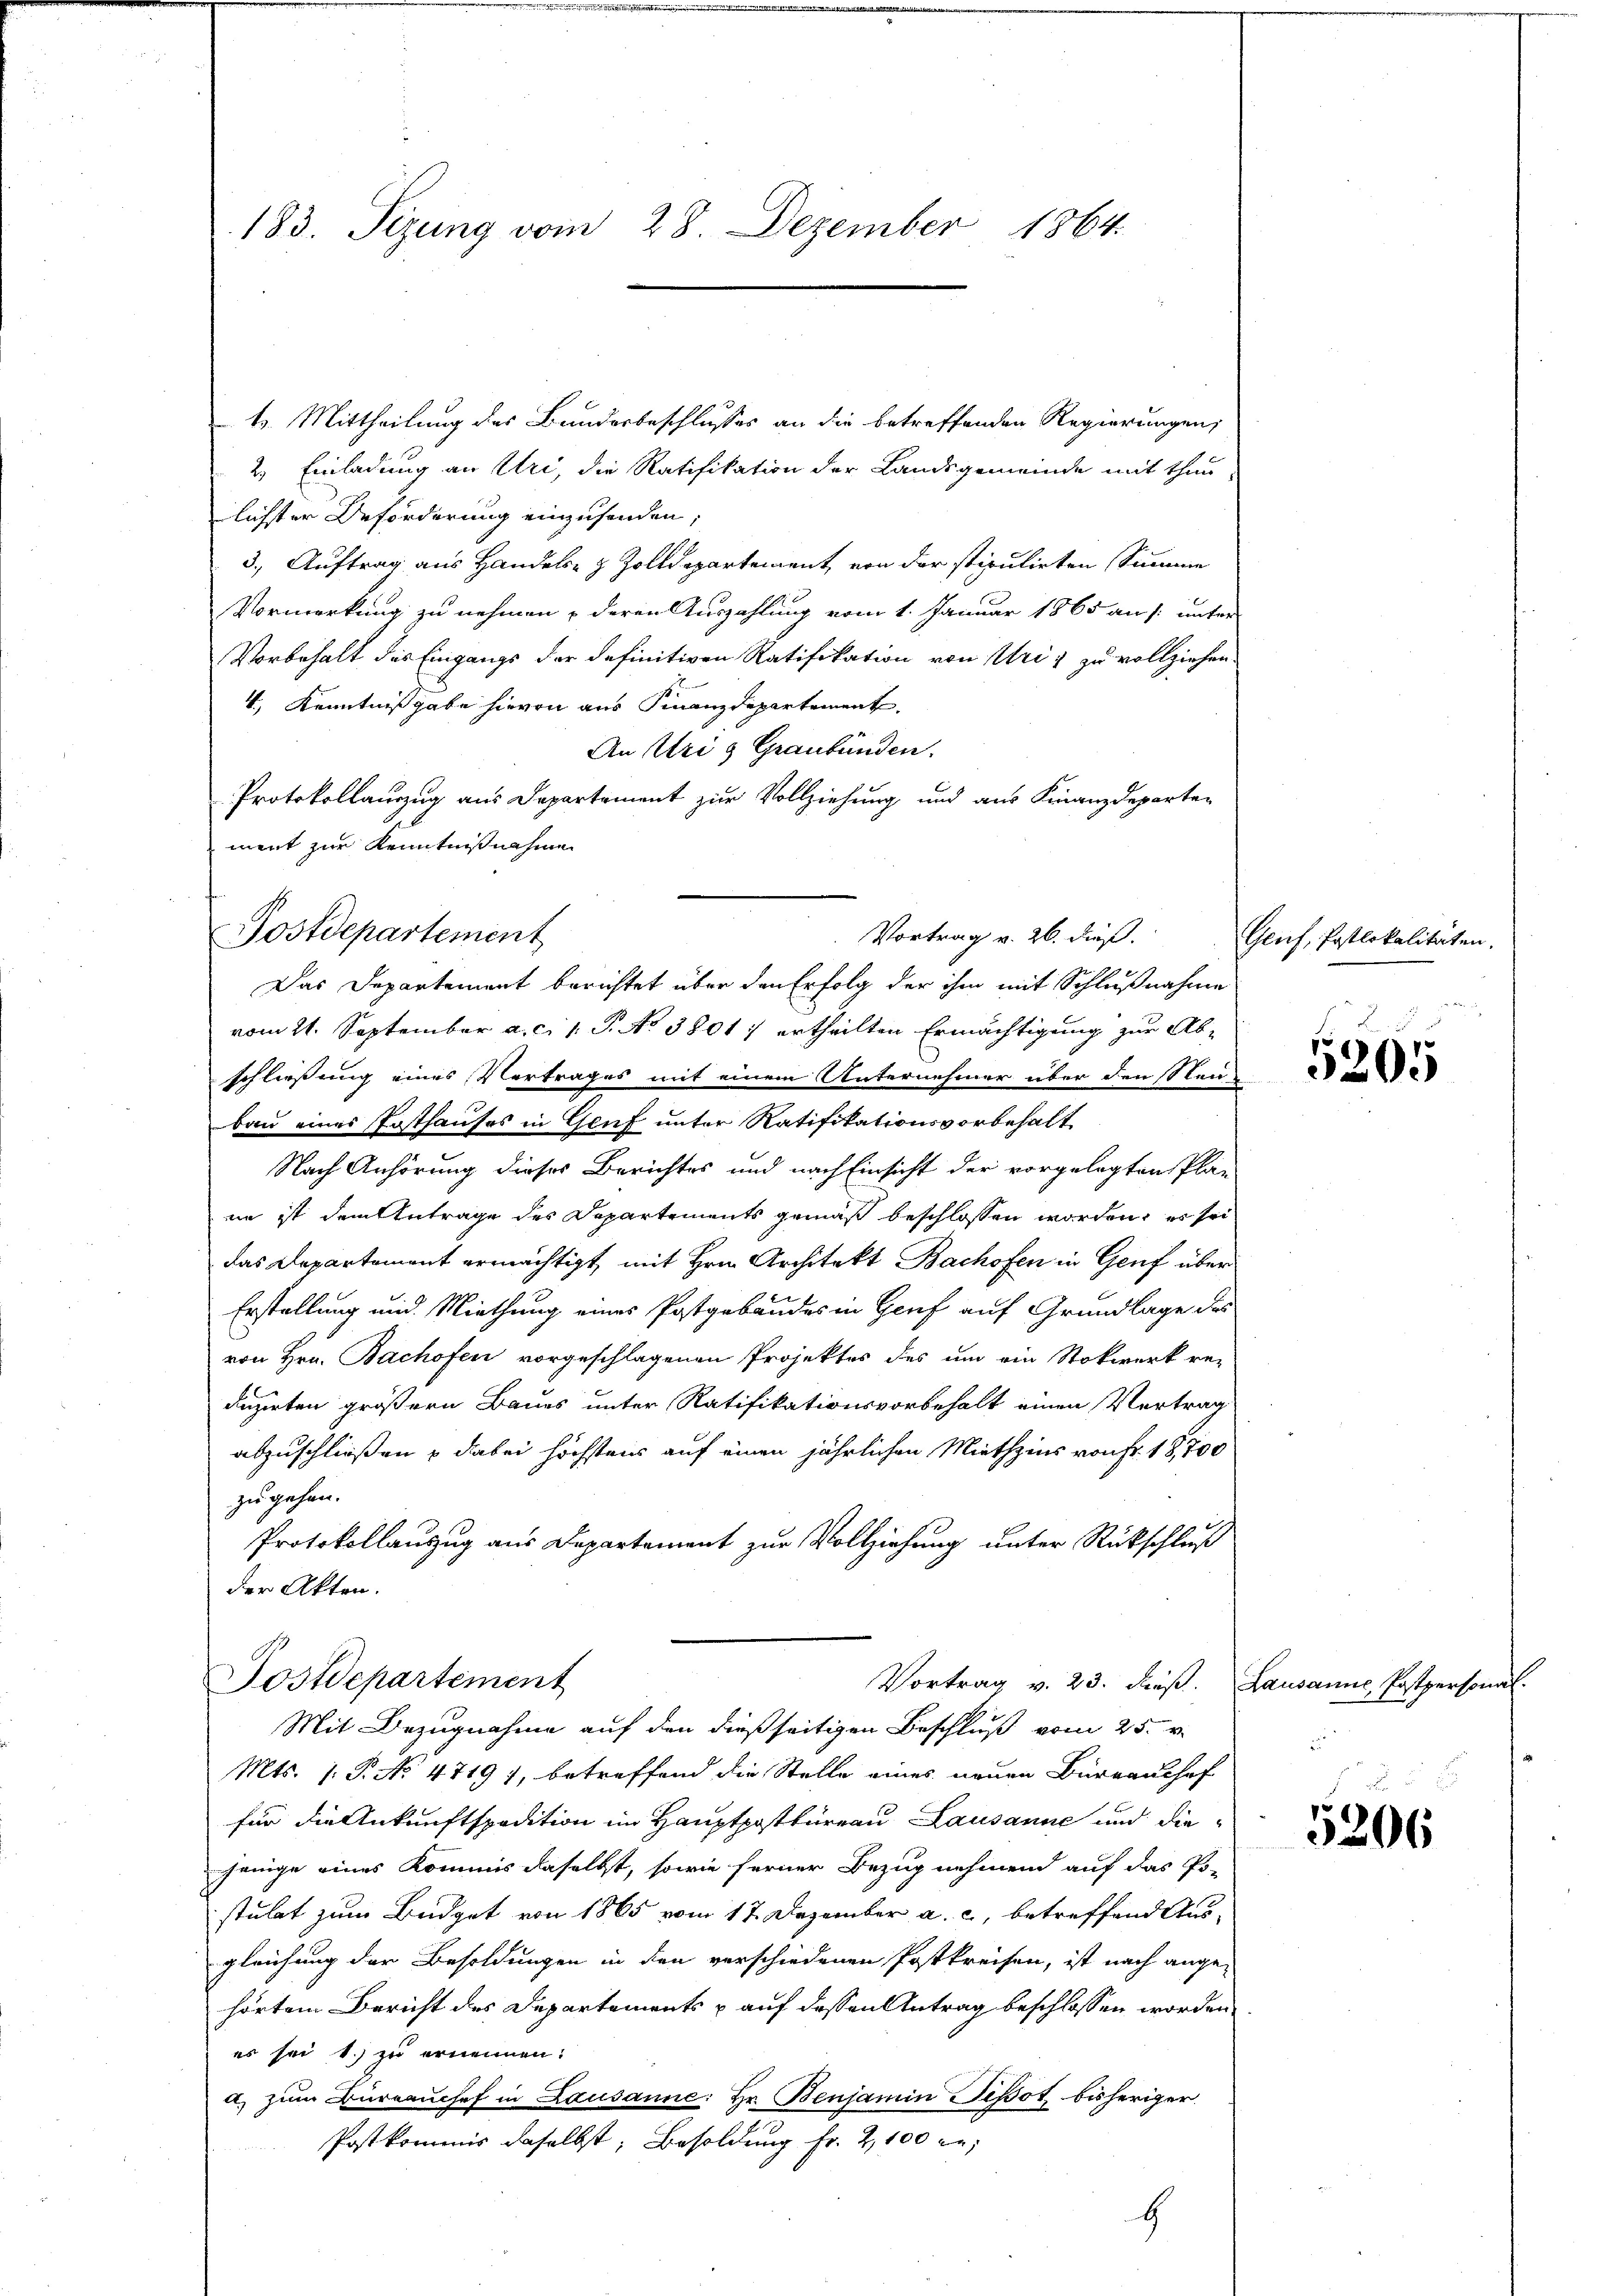
183. Sizung vom 28. Dezember 1864.

t. Mittheilung des Bunderbeschlusses an die betreffenden Regierungen,
2.) Einladung an Uri, die Ratifikation der Landsgemeinde mit thun
lichster Beförderung einzusenden,
3., Auftrag aus Handels- & Zolldepartement, von der stipulirten Summe
Vormerkung zu nehmen, deren Auszahlung vom 1. Januar 1865 an /: unter
Vorbehalt des Eingangs der definitiven Ratifikation von Uri, zu vollziehen.
4., Kenntnißgabe hievon aus Finanzdepartement
An Uri g Graubünden.
Protokollauszug aus Departement zur Vollziehung und aus Finanzdeparten
vom 21. September a. c. 1. P. No 3801 ertheilten Ermächtigung zur Abschließung eines Vertrages mit einem Unternehmer über den Steubau eines Posthauses in Genf unter Ratifikationsvorbehalt
Nach Anhörung dieses Berichtes und nach Einsicht der vorgelegten Pla-
nn ist dem Antrage des Departements gemäß beschlossen worden, es sei
das Departement ermächtigt, mit Hrn. Architekt Bachofen in Genf über
Erstellung und Miethung eines Postgebäudes in Genf auf Grundlage des
von Hrn. Bachofen vorgeschlagenen Projektes des um ein Stokwerk re-
duzirten größern Baues unter Ratifikationsvorbehalt einen Vertrag
abzuschließen u dabei höchstens auf einen jährlichen Miethzins von Fr. 18,700
zu gehen.
Protokollauzug aus Departement zur Vollziehung unter Rückschluß
der Akten.
Postdepartement
Vortrag v. 23. dieß.
Mit Bezugnahme auf den dießseitigen Beschluß vom 25. v.
Mts. (: P. No 47197, betreffend die Stelle eines neuen Büreaushof
für die Ankunftspadition im Hauptpostbureau Lausanne und diejenige eines Kommis daselbst, sowie ferner Bezug nehmend auf das Po-
stulat zum Büdget von 1865 vom 17. Dezember a. c., betreffend Ausgleichung der Besoldungen in den verschiedenen Postkreisen, ist nach angehörtem Bericht des Departements p auf dessen Antrag beschlossen worden
es sei 1.) zu ernennen.
a) zum Büreaŭchef in Lausanne: Hr. Benjamin ipot, bisheriger
Postkommis daselbst, Besoldung fr. 2100 er
G

ment zur Kenntnißnahme
Postdepartement

Vortrag v. 26. dieß.
Das Departement berichtet über den Erfolg der ihm mit Schlußnahme

Genf, Postlokalitäten.

5205

Lausanne Postpersonal.
5

5206